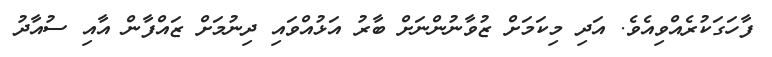
ފާހަގަކުރެއްވިއެވެ. އަދި މިކަމަށް ޒުވާނުންނަށް ބާރު އަޅުއްވައި ދިނުމަށް ޒައްފާން އާއި ސުއާދު